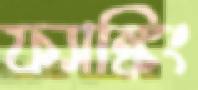
ফ্যাঙ্কিং